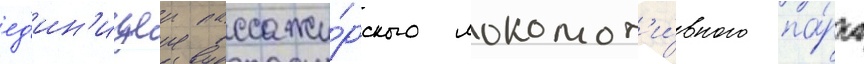
ед'ин'ицеи пассажи́рского локомот'и́вного па́рка